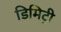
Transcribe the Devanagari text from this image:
डिमिट्री